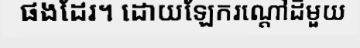
ផងដែរ។ ដោយឡែករណ្តៅដីមួយ